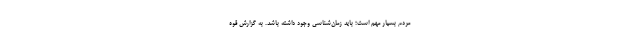
مردم بسیار مهم است؛ باید زمان‌شناسی وجود داشته باشد. به گزارش قوه